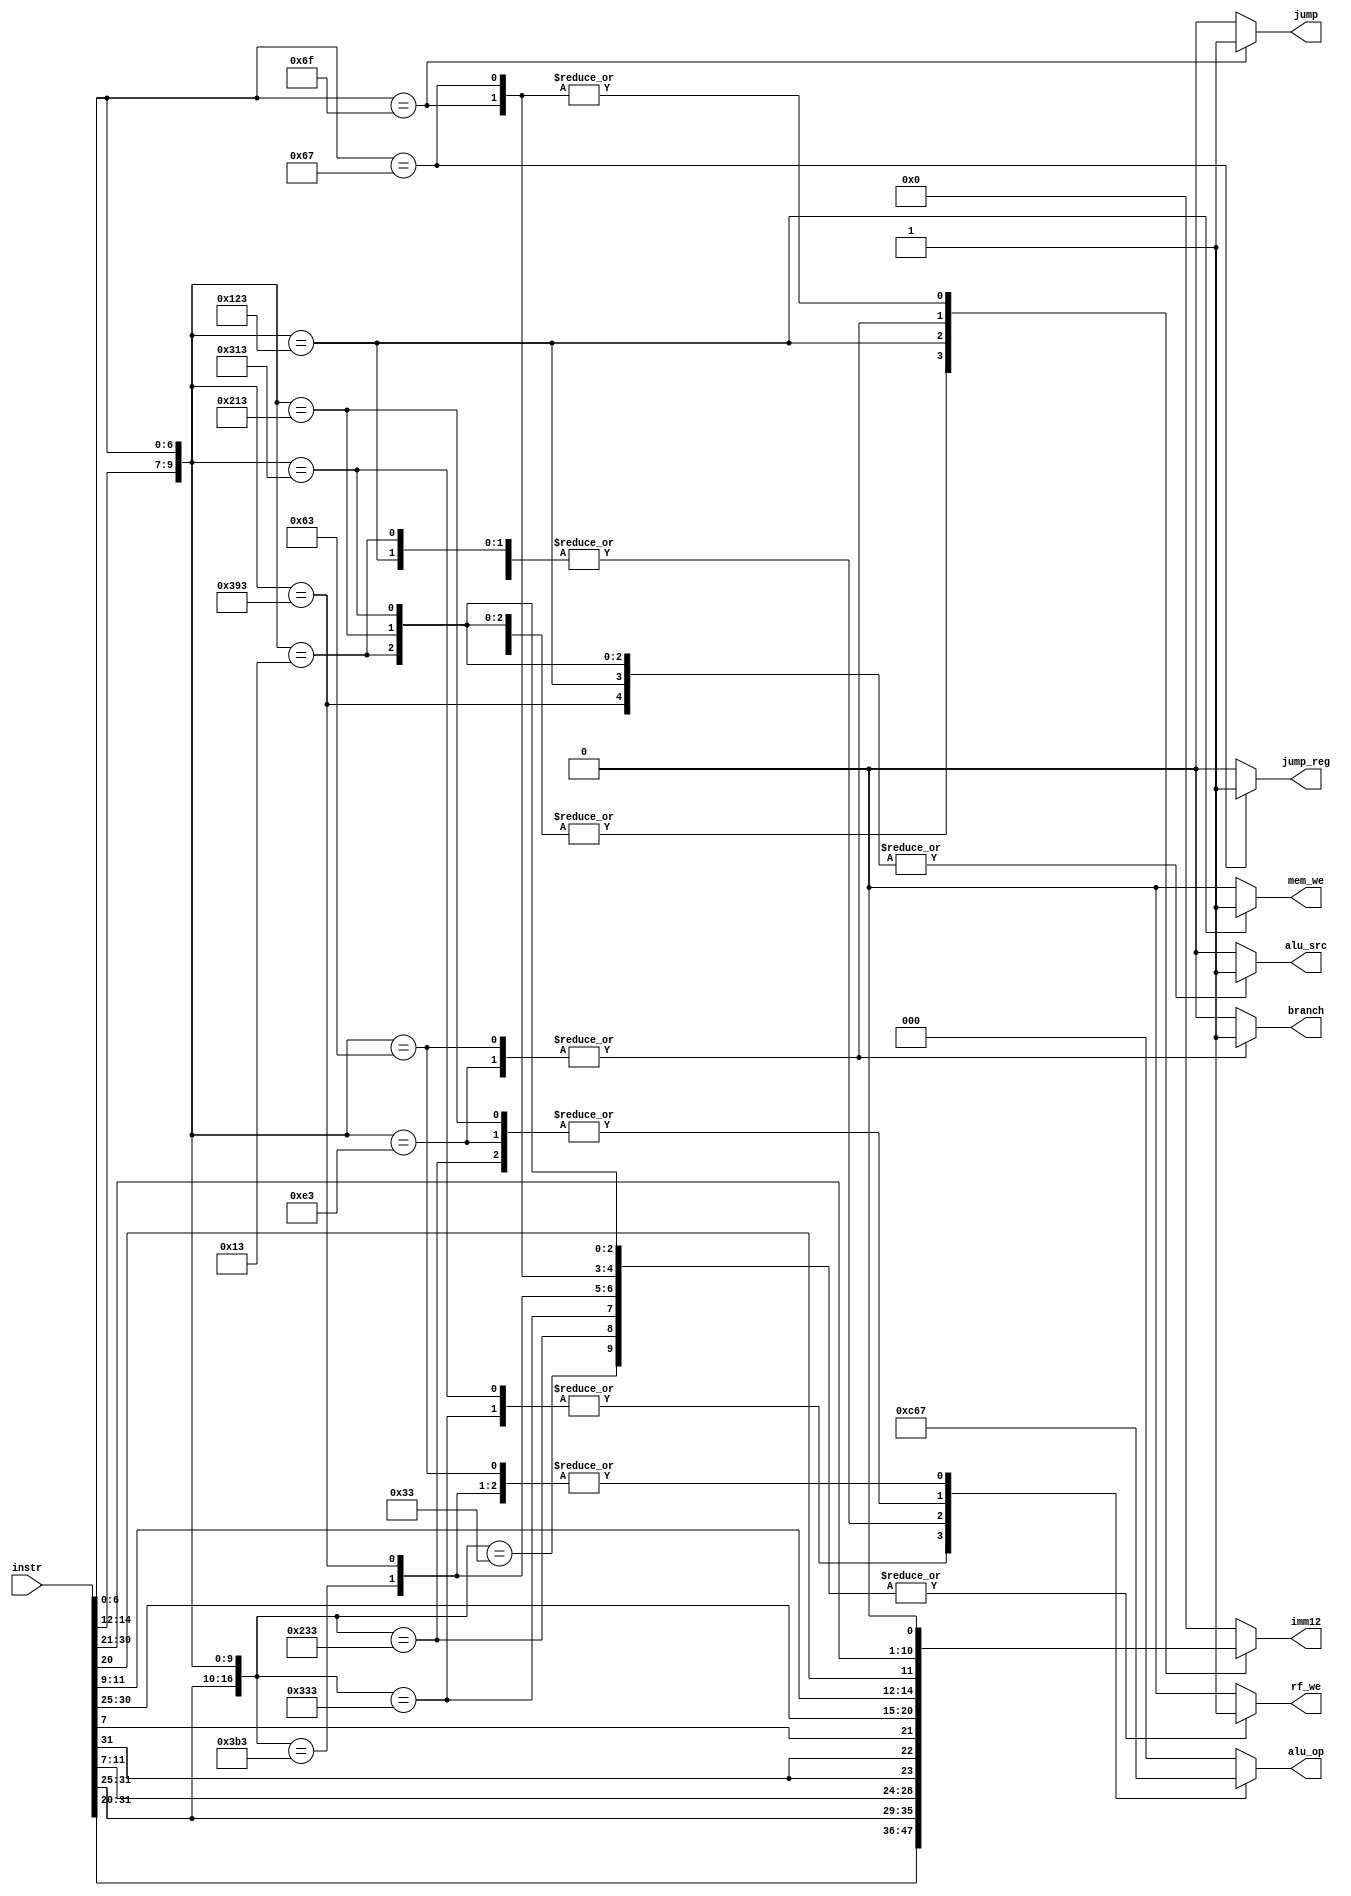
module control(
    input [31:0]instr,

    output reg [11:0]imm12,
    output reg rf_we,
    output reg [2:0]alu_op,
    output reg alu_src,
    output reg mem_we,

    output reg branch,
    output reg jump,
    output reg jump_reg
);

wire [6:0]opcode = instr[6:0];
wire [2:0]funct3 = instr[14:12];
wire [1:0]funct2 = instr[26:25];
wire [4:0]funct5 = instr[31:27];

always @(*) begin
    rf_we = 1'b0;
    alu_op = 3'b0;
    imm12 = 12'b0;
    alu_src = 1'b0;
    mem_we = 1'b0;

    branch = 1'b0;
    jump   = 1'b0;
    jump_reg = 1'b0;

    casez ({funct5, funct2, funct3, opcode})
        17'b?????_??_000_0010011: begin // ADDI
            $strobe("(%s) funct5 = %h, funct2 = %h, funct3 = %h, opcode = %h",
                "ADDI", funct5, funct2, funct3, opcode);
            rf_we = 1'b1;
            alu_op = 3'b001;
            imm12 = instr[31:20];
            alu_src = 1'b1;
        end
        17'b?????_??_100_0010011: begin // XORI
            $strobe("(%s) funct5 = %h, funct2 = %h, funct3 = %h, opcode = %h",
                "XORI", funct5, funct2, funct3, opcode);
            rf_we = 1'b1;
            alu_op = 3'b100;
            imm12 = instr[31:20];
            alu_src = 1'b1;
        end
        17'b?????_??_110_0010011: begin // ORI
            $strobe("(%s) funct5 = %h, funct2 = %h, funct3 = %h, opcode = %h",
                "ORI", funct5, funct2, funct3, opcode);
            rf_we = 1'b1;
            alu_op = 3'b110;
            imm12 = instr[31:20];
            alu_src = 1'b1;
        end
        17'b?????_??_111_0010011: begin // ANDI
            $strobe("(%s) funct5 = %h, funct2 = %h, funct3 = %h, opcode = %h",
                "ANDI", funct5, funct2, funct3, opcode);
            rf_we = 1'b1;
            alu_op = 3'b111;
            imm12 = instr[31:20];
            alu_src = 1'b1;
        end
        17'b00000_00_000_0110011: begin // ADD
            $strobe("(%s) funct5 = %h, funct2 = %h, funct3 = %h, opcode = %h",
                "ADD", funct5, funct2, funct3, opcode);
            rf_we = 1'b1;
            alu_op = 3'b001;
            alu_src = 1'b0;
        end
        17'b00000_00_100_0110011: begin // XOR
            $strobe("(%s) funct5 = %h, funct2 = %h, funct3 = %h, opcode = %h",
                "XOR", funct5, funct2, funct3, opcode);
            rf_we = 1'b1;
            alu_op = 3'b100;
            alu_src = 1'b0;
        end
        17'b00000_00_110_0110011: begin // OR
            $strobe("(%s) funct5 = %h, funct2 = %h, funct3 = %h, opcode = %h",
                "OR", funct5, funct2, funct3, opcode);
            rf_we = 1'b1;
            alu_op = 3'b110;
            alu_src = 1'b0;
        end
        17'b00000_00_111_0110011: begin // AND
            $strobe("(%s) funct5 = %h, funct2 = %h, funct3 = %h, opcode = %h",
                "AND", funct5, funct2, funct3, opcode);
            rf_we = 1'b1;
            alu_op = 3'b111;
            alu_src = 1'b0;
        end
        17'b?????_??_010_0100011: begin // SW
            $strobe("(%s) funct5 = %h, funct2 = %h, funct3 = %h, opcode = %h",
                "SW", funct5, funct2, funct3, opcode);
            rf_we = 1'b0;
            alu_op = 3'b001;
            imm12 = {instr[31:25], instr[11:7]};
            alu_src = 1'b1;
            mem_we = 1'b1;
        end
        17'b?????_??_001_1100011: begin // BNE
            $strobe("(%s) funct5 = %h, funct2 = %h, funct3 = %h, opcode = %h",
                "BNE", funct5, funct2, funct3, opcode);
            imm12 = {instr[31], instr[31], instr[7], instr[30:25], instr[11:9]};
            alu_op = 3'b100;
            branch = 1'b1;
        end
        17'b?????_??_000_1100011: begin // BEQ
            $strobe("(%s) funct5 = %h, funct2 = %h, funct3 = %h, opcode = %h",
                "BEQ", funct5, funct2, funct3, opcode);
            imm12 = {instr[31], instr[31], instr[7], instr[30:25], instr[11:9]};
            alu_op = 3'b111;
            branch = 1'b1;
        end
        // JAL (,    funct3  )
        17'b?????_??_???_1101111: begin // JAL
            $strobe("(%s) funct5 = %h, funct2 = %h, funct3 = %h, opcode = %h",
                "JAL", funct5, funct2, funct3, opcode);
            rf_we = 1'b1;
            jump = 1'b1; //   
            //   20- imm  12-
            //   `imm12` = {instr[19:12], instr[11:8], instr[7]};   !
            //     imm20   JAL,     12    "" 
            imm12 = {instr[31],instr[19:12],instr[20],instr[30:21], 1'b0}; //  /,      
        end

        // JALR
        17'b?????_??_???_1100111: begin // JALR
            $strobe("(%s) funct5 = %h, funct2 = %h, funct3 = %h, opcode = %h",
                "JALR", funct5, funct2, funct3, opcode);
            rf_we = 1'b1;
            jump_reg = 1'b1; //     
            //  JALR imm12  , ..  [11:0] 
            imm12 = {instr[31],instr[19:12],instr[20],instr[30:21], 1'b0}; //  /,      
        end
        default: begin
            $strobe("(%s) funct5 = %h, funct2 = %h, funct3 = %h, opcode = %h",
                "UNKNOWN INSTRUCTION", funct5, funct2, funct3, opcode);
        end
    endcase
end

endmodule